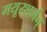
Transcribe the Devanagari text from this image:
मयूरशर्मन्